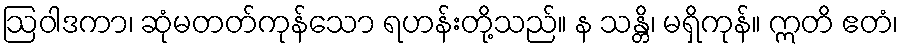
ဩဝါဒကာ၊ ဆုံမတတ်ကုန်သော ရဟန်းတို့သည်။ န သန္တိ၊ မရှိကုန်။ ဣတိ ဧတံ၊